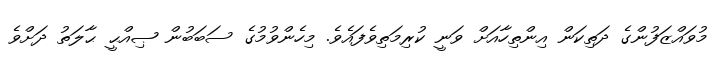
މުވައްޒަފުންގެ ދަތިކަން އިންތިހާއަށް ވަނީ ކުރިމަތިވެފައެވެ. މިހެންވުމުގެ ސަބަބުން ޞިއްޙީ ޙާލަތު ދަށްވެ